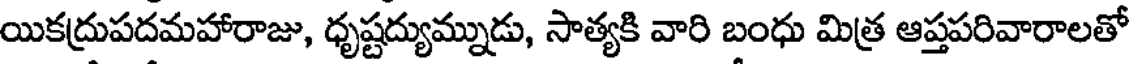
యికద్రుపదమహారాజు, ధృష్టద్యుమ్నుడు, సాత్యకి వారి బంధు మిత్ర ఆప్తపరివారాలతో